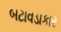
બટાવડાકાર